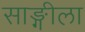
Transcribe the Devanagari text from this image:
साङ्गीला